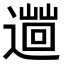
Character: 𨗞